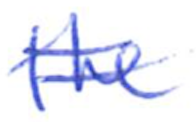
Text: the
Cross-out: double-line
Writing tool: ballpoint